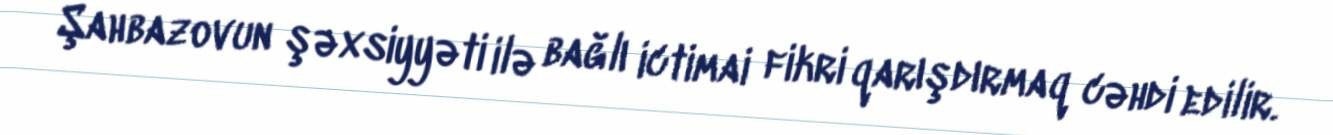
Şahbazovun şəxsiyyəti ilə bağlı ictimai fikri qarışdırmaq cəhdi edilir.